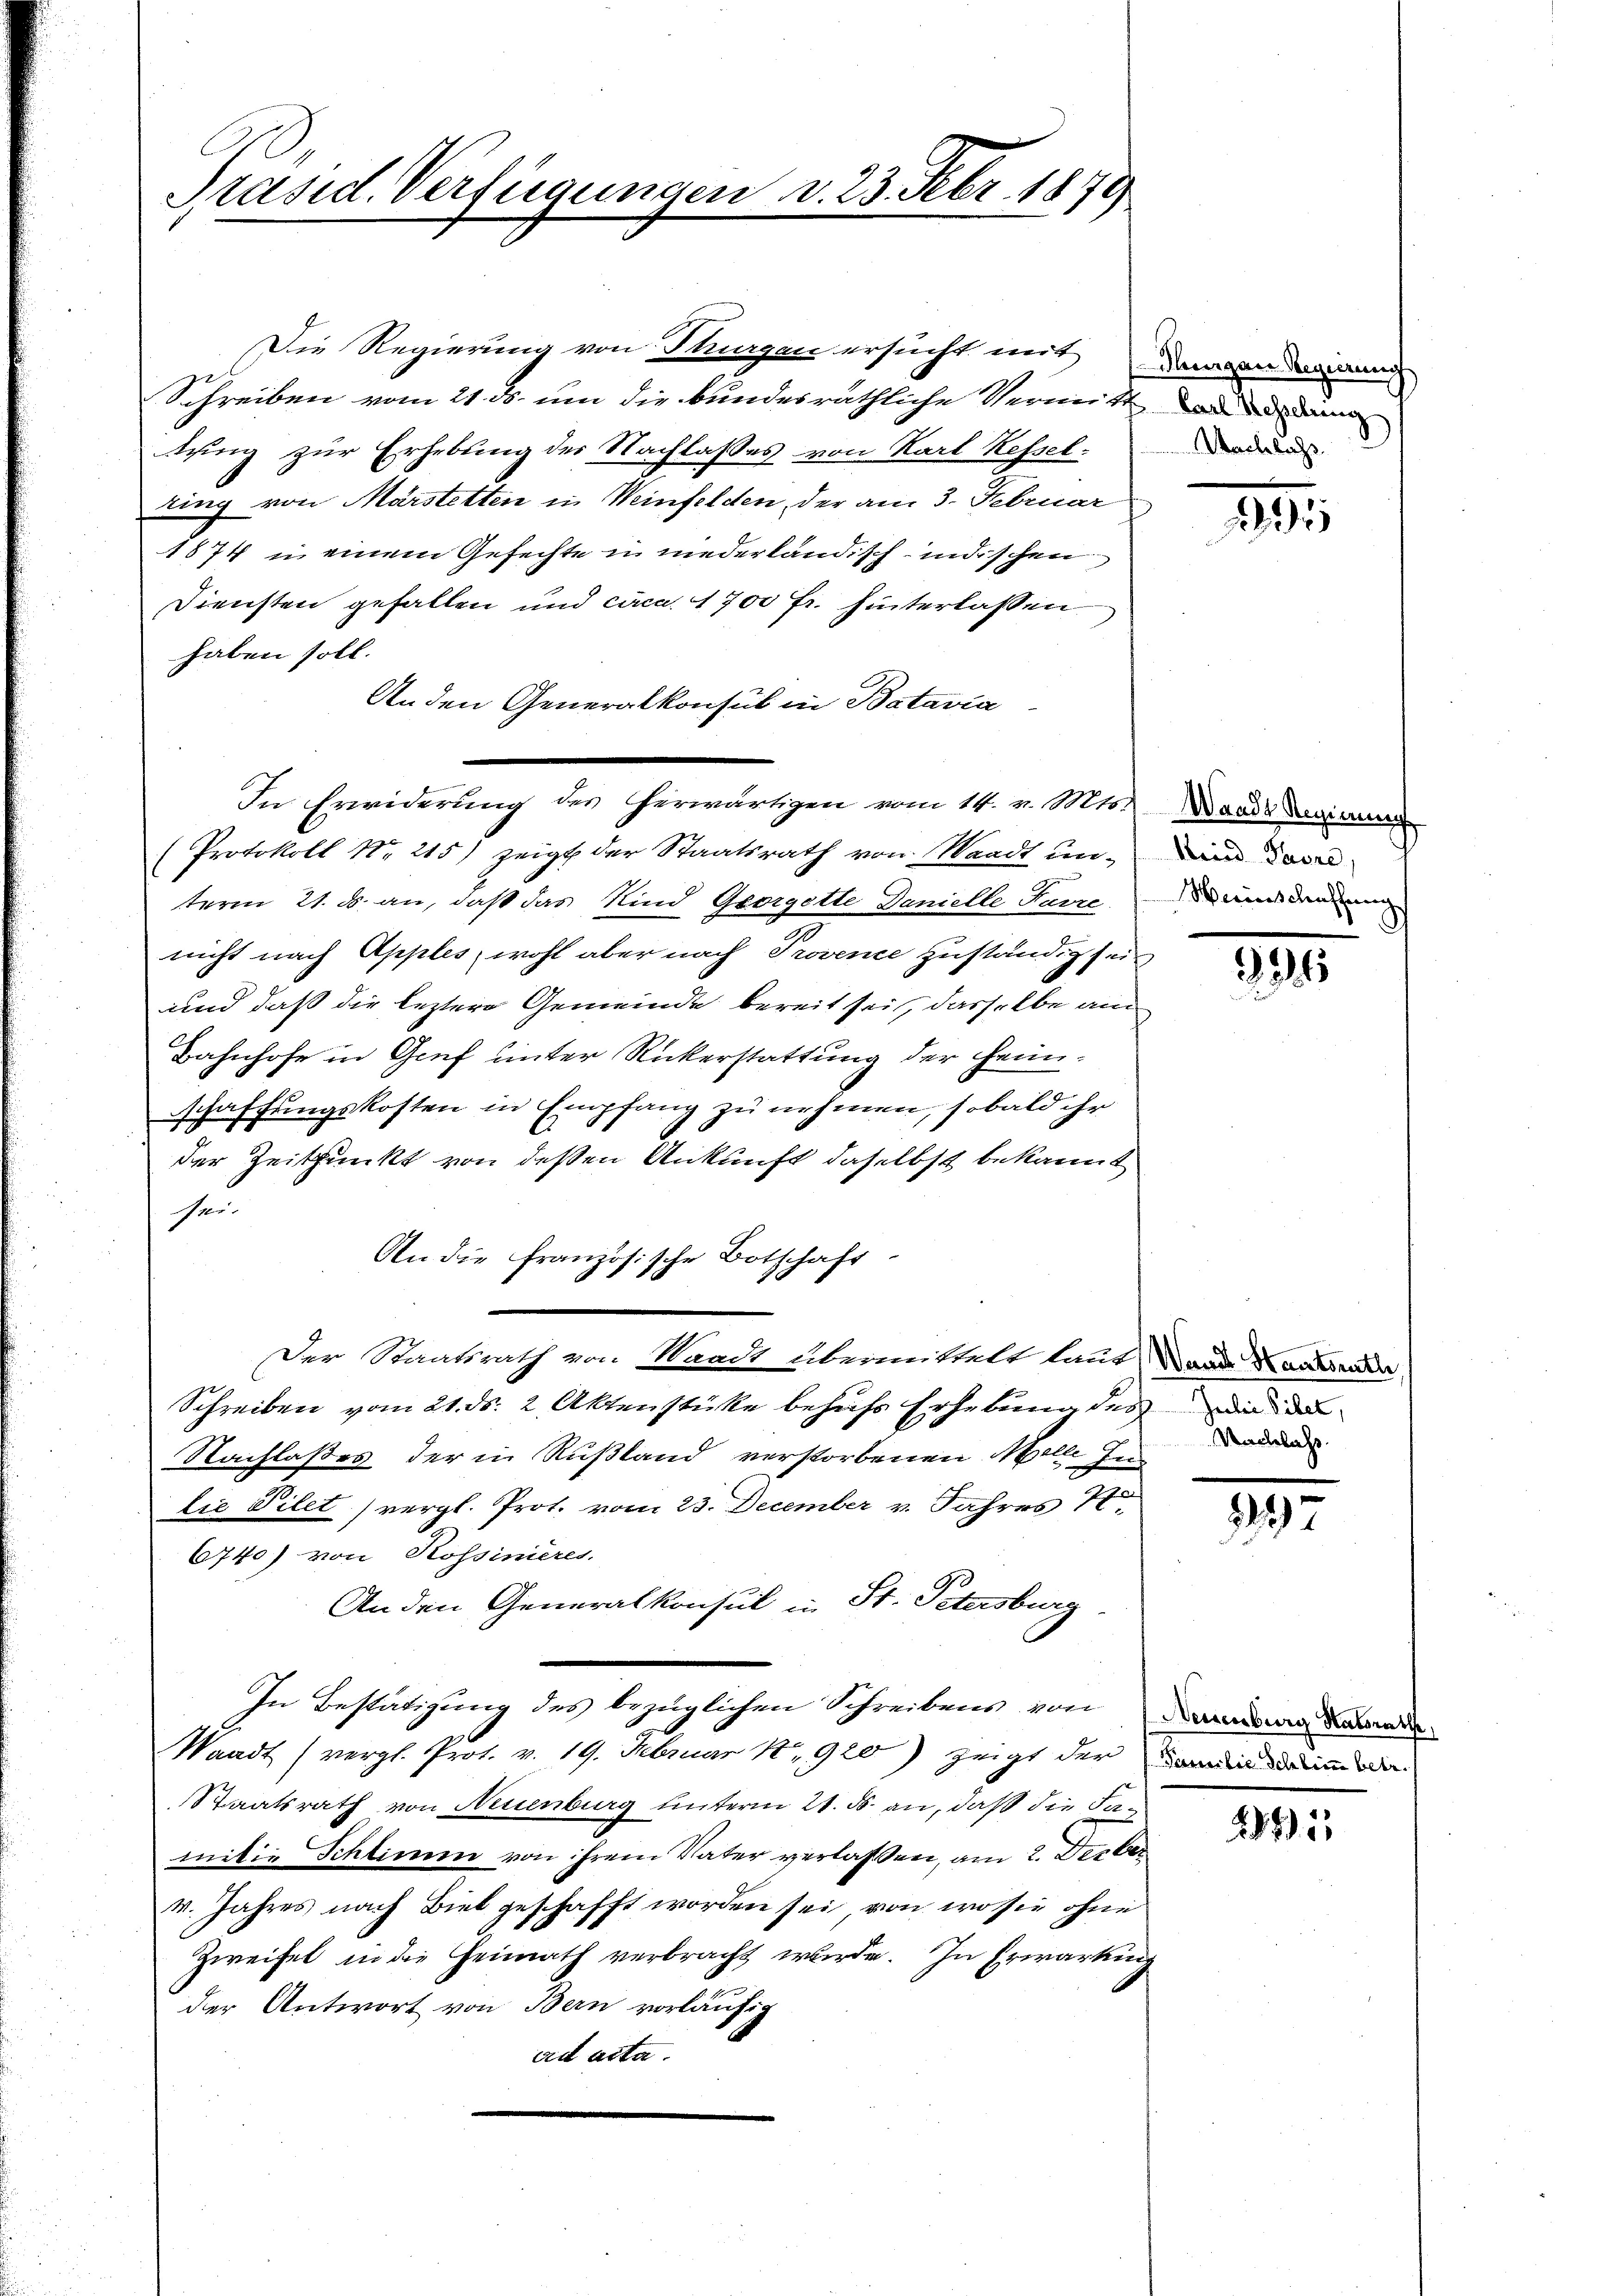
Präsid. Verfügungen d. 23. Febr. 1879

Die Regierung von Thurgau ersucht mit
Schreiben vom 21. ds. um die bundesräthliche Vermitt de de dami
tung zur Erhebung des Nachlasses von Karl Kefsel-
ring von Märstetten in Weinfelden, der am 3. Februar
1874 u. einem Gefechte in niederländisch-indischen
Diensten gefallen und circa. 1700 Fr. hinterlassen
haben soll.
Anden Generalkonsul in Batavia
In Erwiderung des herwärtigen vom 14. v. Mts.
Protokoll No 215) zeigt der Staatsrath von Waadt unterm 21. ds. an, daß das Kind Georgette Danielle Parre
nicht nach Apples, wohl aber nach Provence zuständig sei
und daß die leztere Gemeinde bereit sei, dasselbe am
Bahnhofe in Genf unter Rückerstattung der Heimschaffungskosten in Empfang zu nehmen, sobald ihr
der Zeitpunkt von deßen Ankunft daselbst bekannt
er
An die Französische Botschaft
Der Staatsrath von Waadt übermittelt laut, Wande Hantsrathe,
Schreiben vom 21. ds. 2 Aktenstücke behufs Erhebung des die d
Nachlaßes der in Rußland verstorbenen Melle Inlie Filet (vergl. Prot. vom 23. December v. Jahres K.
6740) von Rossinieres.
An den Generalkonsul in St. Petersburg,
In Bestätigung des bezüglichen Schreibens von Dann dam
Waadt (vergl. Prot. v. 19. Februar 1920) zeigt der mit dem
Staatsrath von Neuenburg unterm 21. ds. an, daß die Samitie Schlimmen von ihrem Vater verlassen, am 2. Derber
M. Jahres nach Biel geschafft worden sei, von wo sie ohne
Zweifel in die Heimath verbracht wurde. In Erwartung
der Antwort von Bern vorläufig
ad acta.

Dugan Regierung
Nachlass

80

Wande Regierung
Fried Paure,
Herinschaffung
9

54

Nachlass.

1237

295